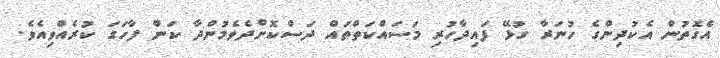
އެގޮތުން އެކުދިންގެ ހުނަރާ ގުޅޭ ފައިދާހުރި މަސައްކަތްތައް ދަސްކޮށްދެވެމުންދާ ކަން ފާހަގަ ކުރެއްވިއެވެ.